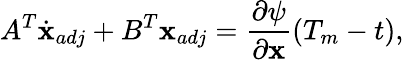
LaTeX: A^{T}\dot{\textbf{x}}_{adj}+B^{T}\textbf{x}_{adj}=\frac{\partial\psi}{\partial\textbf{x}}(T_{m}-t),